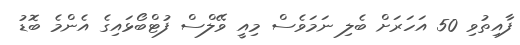
ފާއިތުވި 50 އަހަރަށް ބެލި ނަމަވެސް މިއީ ވޭލްސް ފުޓްބޯޅައިގެ އެންމެ ބޮޑު